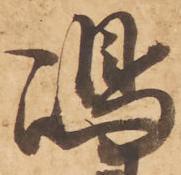
嶋